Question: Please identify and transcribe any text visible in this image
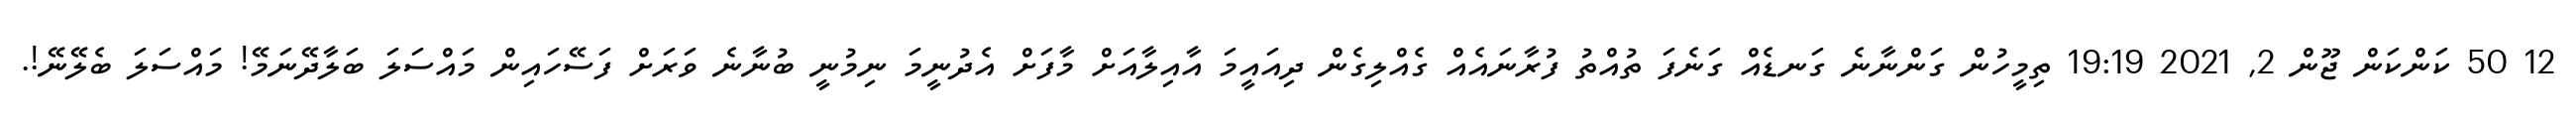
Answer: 12 50 ކަންކަން ޖޫން 2, 2021 19:19 ތިމީހުން ގަންނާނެ ގަނޑެއް ގަނެފަ ތުއްތު ފުރާނައެއް ގެއްލިގެން ދިއައީމަ އާއިލާއަށް މާފަށް އެދުނީމަ ނިމުނީ ބުނާނެ ވަރަށް ފަސޭހައިން މައްސަލަ ބަލާދޭނަމޭ! މައްސަލަ ބެލޭނޭ!.